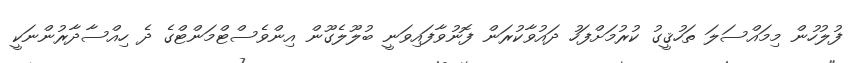
ފުލުހުން މިމައްސަލަ ތަހުޤީގު ކުރުމަށްފަހު ދައުވާކުރަން ފޮނުވާފައިވަނީ ބުލޫލެގޫން އިންވެސްޓްމަންޓްގެ ދެ ހިއްސާދާރުންނަކީ